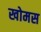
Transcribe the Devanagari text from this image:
खोमस